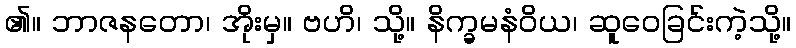
၏။ ဘာဇနတော၊ အိုးမှ။ ဗဟိ၊ သို့။ နိက္ခမနံဝိယ၊ ဆူဝေခြင်းကဲ့သို့။